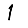
Digit: 1